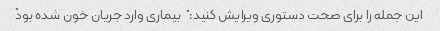
این جمله را برای صحت دستوری ویرایش کنید: "بیماری وارد جریان خون شده بود"